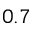
0 . 7